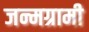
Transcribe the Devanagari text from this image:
जन्मग्रामी